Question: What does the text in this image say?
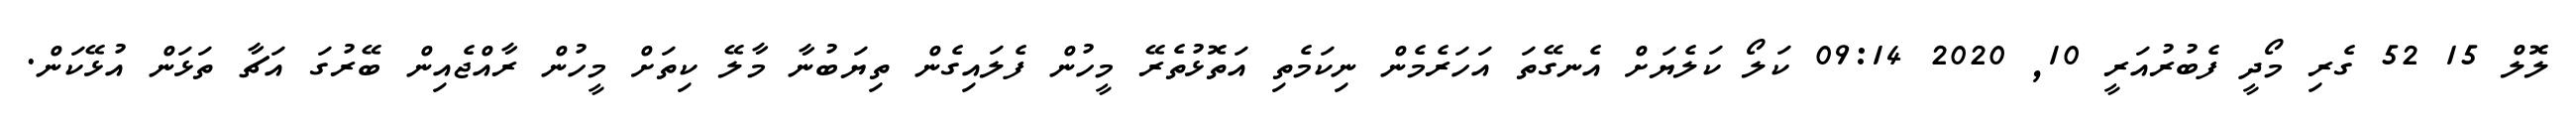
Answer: ލޮލް 15 52 ގެރި މޯދީ ފެބުރުއަރީ 10, 2020 09:14 ކަލޯ ކަލެޔަށް އެނގޭތަ އަހަރެމެން ނިކަމެތި އަތޮޅުތެރޭ މީހުން ފެލައިގެން ތިޔަބުނާ މާލޭ ކިތަށް މީހުން ރާއްޖެއިން ބޭރުގަ އަޗާ ތަޅަން އުޅޭކަން.